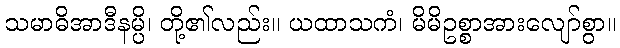
သမာဓိအာဒီနမ္ပိ၊ တို့၏လည်း။ ယထာသကံ၊ မိမိဥစ္စာအားလျော်စွာ။